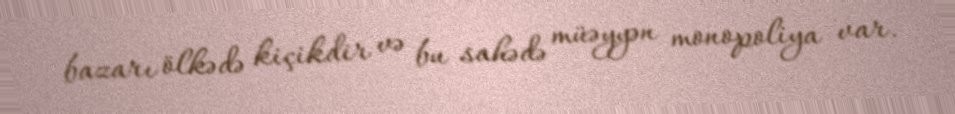
bazarı ölkədə kiçikdir və bu sahədə müəyyən monopoliya var.